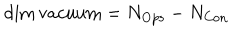
\dim \mathrm { v a c u u m } = N _ { \mathrm { O p s } } - N _ { \mathrm { C o n } }